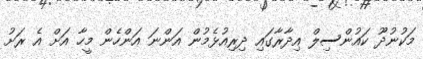
މަކުނުދޫ ކައުންސިލް އިދާރާގައި ދިރިއުޅެމުން އަންނަ އަންހެން މީހާ އަށް އެ ރަށު